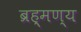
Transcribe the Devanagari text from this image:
ब्रह्मण्य